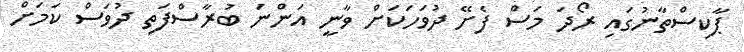
ޕާކިސްތާނުގައި ރޯދަ މަސް ފެށޭ ދުވަހަކަށް ވާނީ އަންނަ ބުރާސްފަތި ދުވަސް ކަމަށް